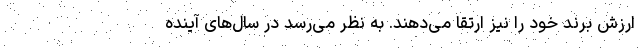
ارزش برند خود را نیز ارتقا می‌دهند. به نظر می‌رسد در سال‌های آینده